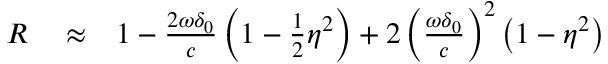
\begin{array} { r l r } { R } & { { } \approx } & { 1 - \frac { 2 \omega \delta _ { 0 } } { c } \left( 1 - \frac { 1 } { 2 } \eta ^ { 2 } \right) + 2 \left( \frac { \omega \delta _ { 0 } } { c } \right) ^ { 2 } \left( 1 - \eta ^ { 2 } \right) } \end{array}